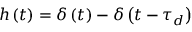
h \left( t \right) = \delta \left( t \right) - \delta \left( t - \tau _ { d } \right)